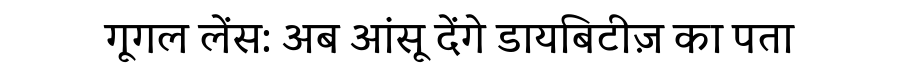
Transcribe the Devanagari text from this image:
गूगल लेंस: अब आंसू देंगे डायबिटीज़ का पता